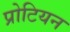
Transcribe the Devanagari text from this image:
प्रोटियन